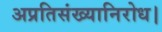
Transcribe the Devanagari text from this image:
अप्रतिसंख्यानिरोध।